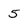
Character: 5